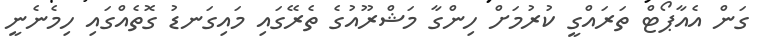
ގަން އެއާޕޯޓް ތަރައްގީ ކުރުމަށް ހިންގާ މަޝްރޫއުގެ ތެރޭގައި މައިގަނޑު ގޮތެއްގައި ހިމެނެނީ